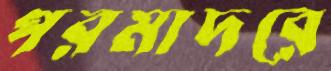
পরমাদরে